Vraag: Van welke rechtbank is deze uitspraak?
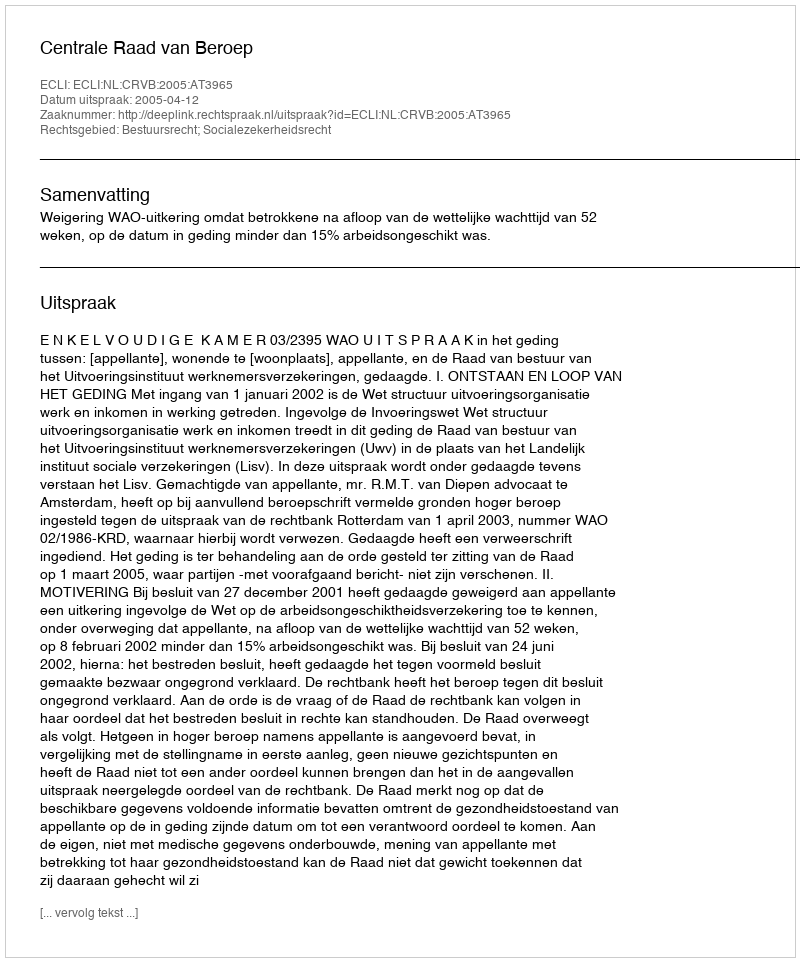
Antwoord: Centrale Raad van Beroep